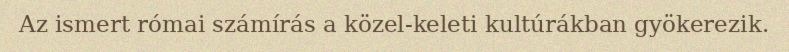
Az ismert római számírás a közel-keleti kultúrákban gyökerezik.